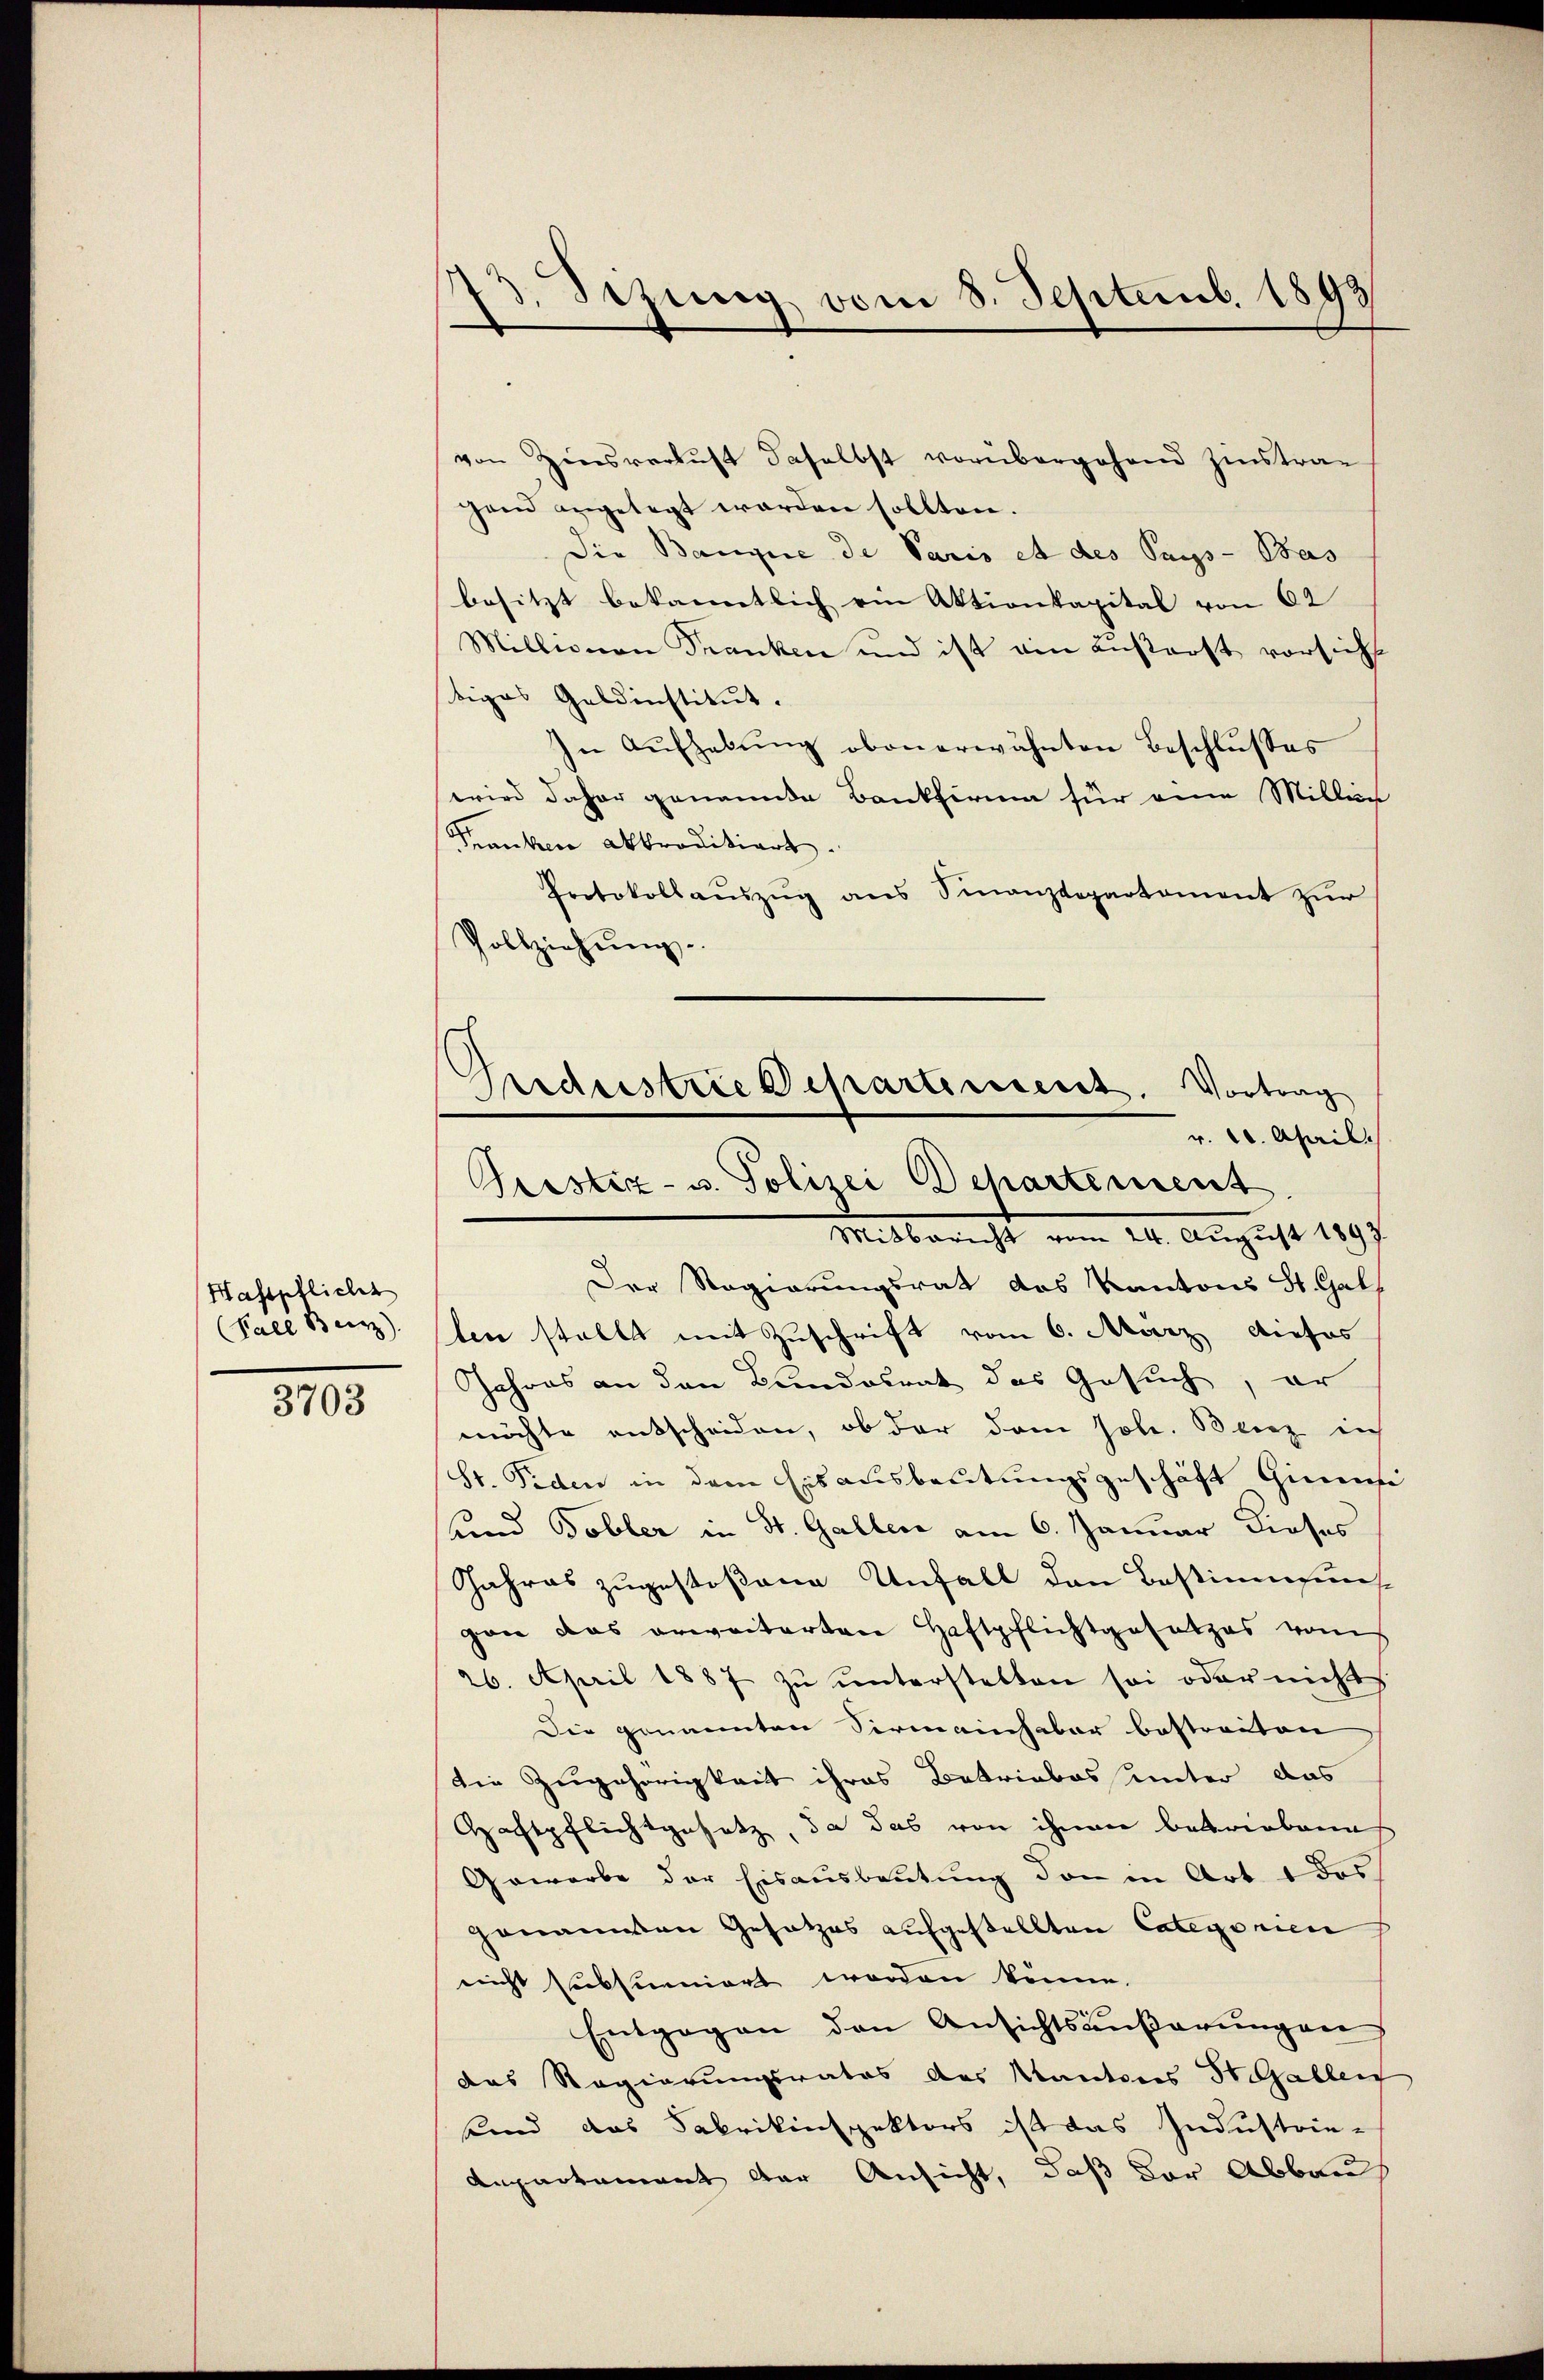
Haspflicht
(Fall Barz).

3703

13. Sezung vom 8. Septemb. 1893

von Zinsverlust daselbst vorübergehend Zinstragend angelegt worden sollten.
Die Bangie de Paris et des Pays - Bas
besitzt bekanntlich ein Aktionkapital von 62
Millionen Franken und ist ain anstorft vorsicht
tiges Geldinstitut.
In Aufhebŭng obenerwähnten Beschlusses
wird daher genannte Bankfirma für eine Millin
Franken aktraditiert.
Protokollaŭszŭg ans Sinanzdepartament zŭr
Vollziehung.
Der Regierungsrat das Kantons St. Gal
len stellt mit Zuschrift vom 6. März dieses
Jahres an den Bundesrat das Gesuch, er
möchte entscheiden, ob der dem soll. Beiz in
St. Peden in dem Eisausbeutungsgeschäft Ginns
und Tobler in St. Gallen am 6. Januar dieses
Jahres zugestoßene Unfall den Bestimmung
gan das erweiterten Haftpflichtgesetzes vom
26. April 1887 zŭ ŭnterstellen sei oder nichts
Die genannten Sirmainhaber bestreiten
Die Zugehörigkeit ihres Betriebes unter das
Haftpflichtgesetz, da das von ihnen betriebene
Gewerbe der Eisausbeutung den in Art. 1 das
genannen Gesetzes aufgestellten Categorien
nicht subsumiert worden könne.
Entgegen den Ansichtsäußerungen
das Regierungsrates des Kantons St. Gallen
Kind das Fabrikinspektors ist das Industrie-
Augartement der Ansicht, daß der Abbauh

Brasistrie Departereseret. Vortrag
v. 10. April.
Prostiz- u. Polizei Departement
Mitbericht August 1897